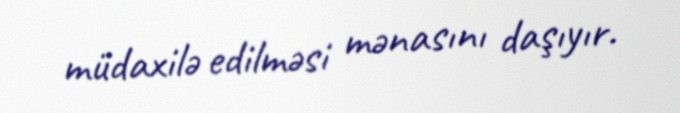
müdaxilə edilməsi mənasını daşıyır.